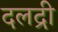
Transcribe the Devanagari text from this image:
दलद्री